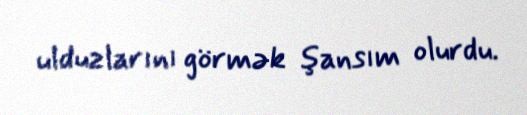
ulduzlarını görmək şansım olurdu.